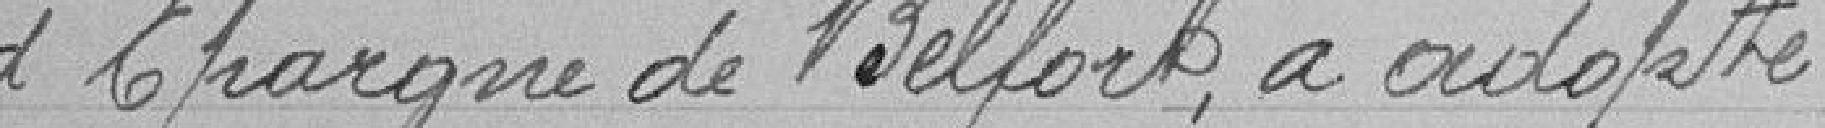
d'Epargne de Belfort, a adopté